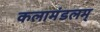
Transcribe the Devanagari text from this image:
कलामंडलम्‌